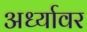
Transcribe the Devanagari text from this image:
अर्ध्यावर